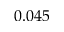
0 . 0 4 5